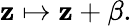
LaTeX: \mathbf{z}\mapsto\mathbf{z}+\beta.